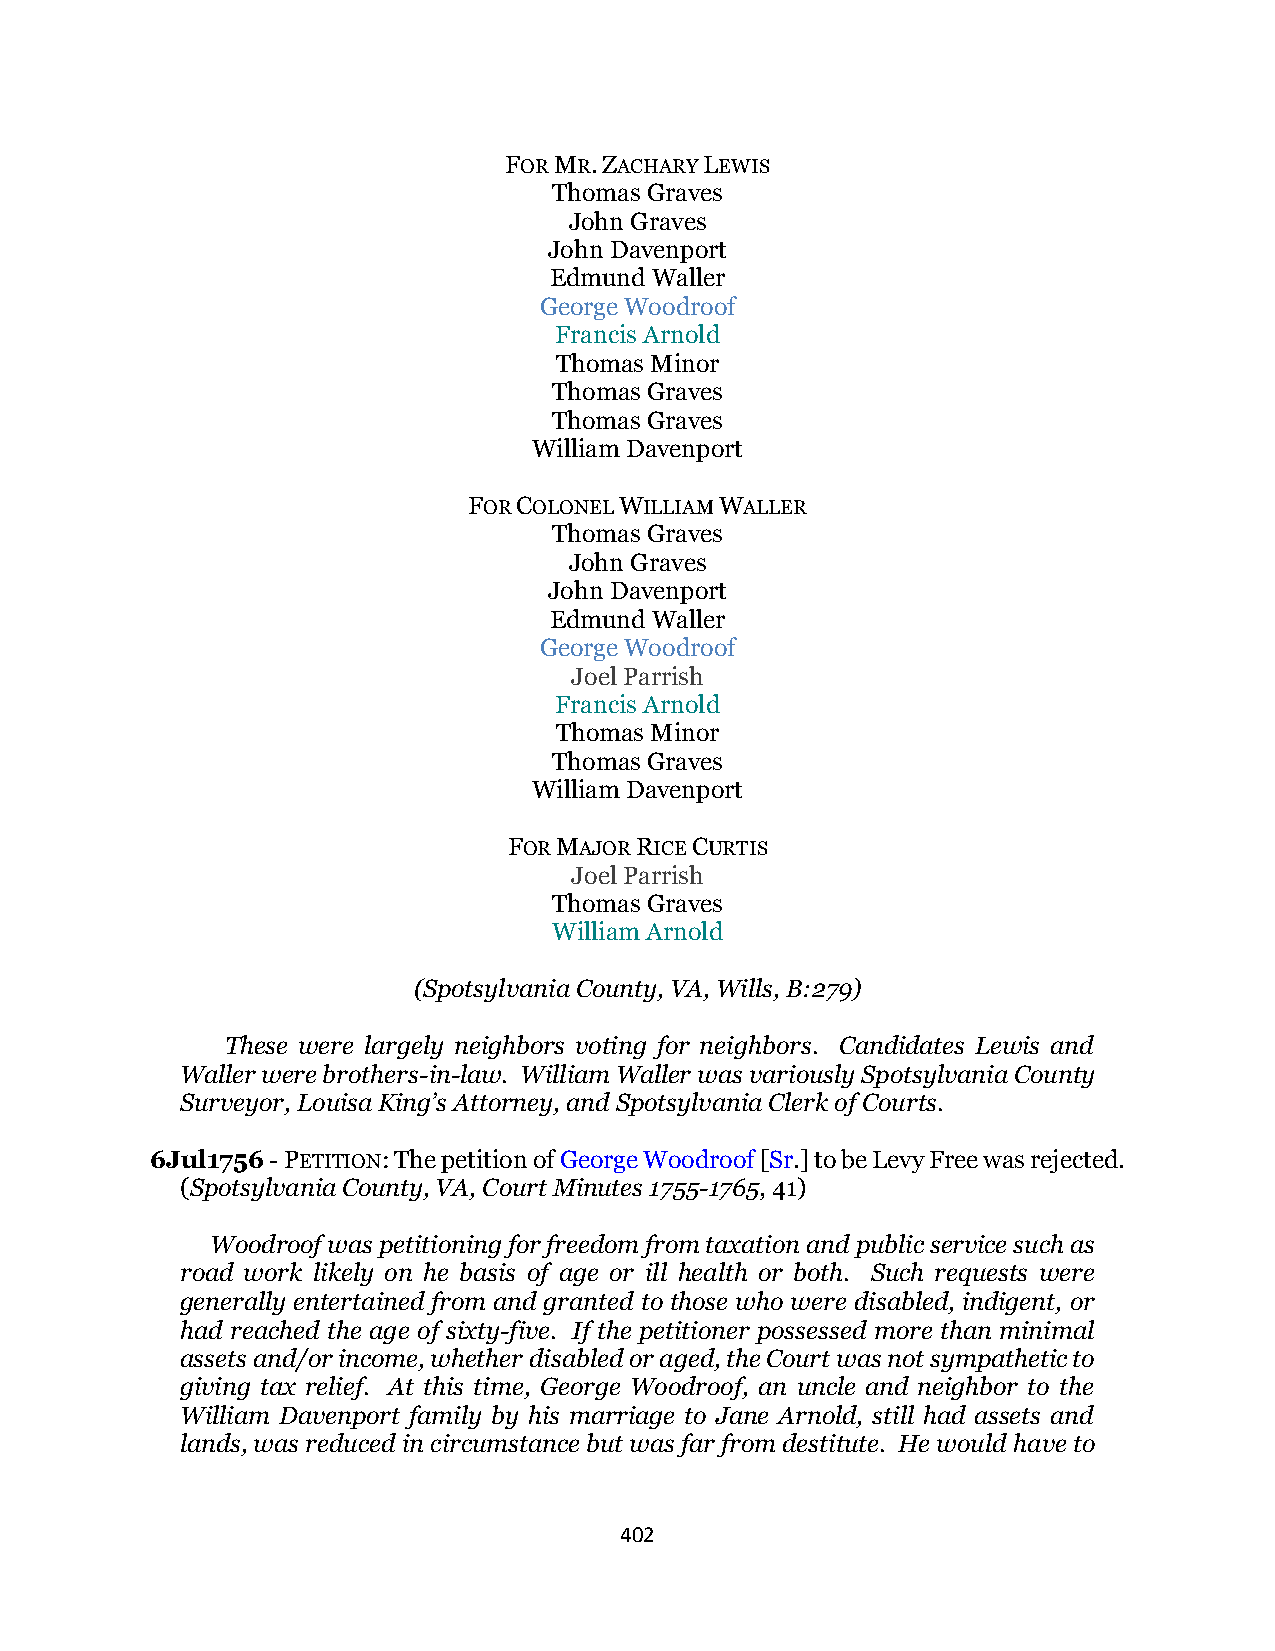
FOR MR. ZACHARY LEWIS
 Thomas Graves
 John Graves
 John Davenport
 Edmund Waller
 George Woodroof
 Francis Arnold
 Thomas Minor
 Thomas Graves
 Thomas Graves
 William Davenport
 FOR COLONEL WILLIAM WALLER
 Thomas Graves
 John Graves
 John Davenport
 Edmund Waller
 George Woodroof
 Joel Parrish
 Francis Arnold
 Thomas Minor
 Thomas Graves
 William Davenport
 FOR MAJOR RICE CURTIS
 Joel Parrish
 Thomas Graves
 William Arnold
 (Spotsylvania County, VA, Wills, B:279)
 These were largely neighbors voting for neighbors. Candidates Lewis and
 Waller were brothers-in-law. William Waller was variously Spotsylvania County
 Surveyor, Louisa King’s Attorney, and Spotsylvania Clerk of Courts.
 6Jul1756 - PETITION: The petition of George Woodroof [Sr.] to be Levy Free was rejected.
 (Spotsylvania County, VA, Court Minutes 1755-1765, 41)
 Woodroof was petitioning for freedom from taxation and public service such as
 road work likely on he basis of age or ill health or both. Such requests were
 generally entertained from and granted to those who were disabled, indigent, or
 had reached the age of sixty-five. If the petitioner possessed more than minimal
 assets and/or income, whether disabled or aged, the Court was not sympathetic to
 giving tax relief. At this time, George Woodroof, an uncle and neighbor to the
 William Davenport family by his marriage to Jane Arnold, still had assets and
 lands, was reduced in circumstance but was far from destitute. He would have to
 402